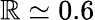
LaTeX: \mathbb{R}\simeq0.6